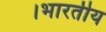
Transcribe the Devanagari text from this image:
।भारतीय